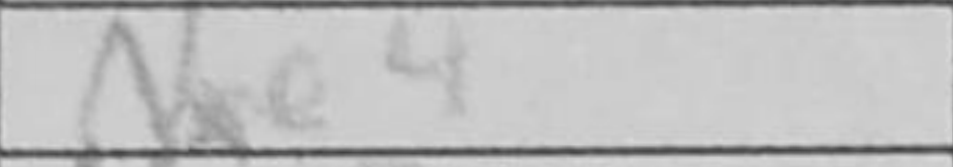
Transcription: Nxe4